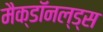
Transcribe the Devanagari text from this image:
मैक्डॉनल्ड्स